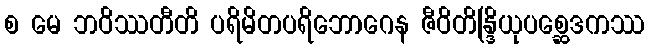
စ မေ ဘဝိဿတီတိ ပရိမိတပရိဘောဂေန ဇီဝိတိန္ဒြိယုပစ္ဆေဒကဿ